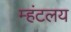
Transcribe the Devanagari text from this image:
म्हंटलय